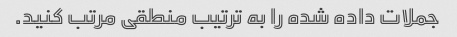
جملات داده شده را به ترتیب منطقی مرتب کنید.